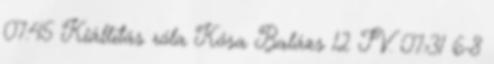
07:45 Kiállítás róla Kósa Balázs 12 IV. 07:31 6-8